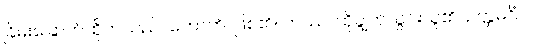
ခြိမ်းခြောက်ထိုက်သည်။ ဟောတိ၊ ဖြစ်၏။ တဿ၊ ထိုချွတ်ယွင်းသူ၏။ ဥတ္တမင်္ဂံပိ၊